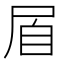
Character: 㞒